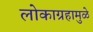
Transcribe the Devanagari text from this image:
लोकाग्रहामुळे